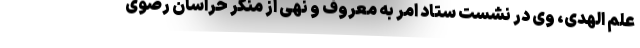
علم الهدی، وی در نشست ستاد امر به معروف و نهی از منکر خراسان رضوی